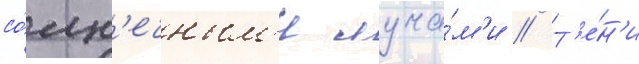
со́лн'ечным'и луча́м'и // Т'е́н'и